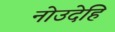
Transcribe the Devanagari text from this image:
नोउदेहि